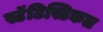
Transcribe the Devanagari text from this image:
स्टॅटिस्टिकल